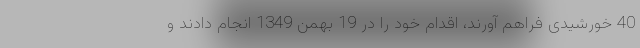
40 خورشیدی فراهم آورند، اقدام خود را در 19 بهمن 1349 انجام دادند و